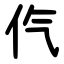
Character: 㐹